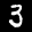
Label: 3